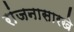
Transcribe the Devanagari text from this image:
रांजनासारखे